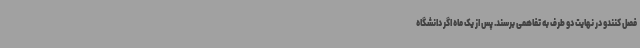
فصل کنندو در نهایت دو طرف به تفاهمی برسند. پس از یک ماه اگر دانشگاه